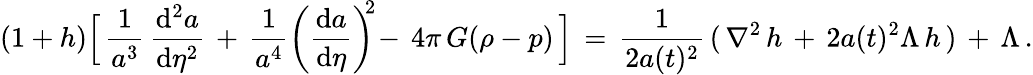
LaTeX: (1+h)\Bigl[\, \frac{1}{a^{3}}\, \frac{\mathrm{d}^{2}a}{\mathrm{d}\eta^{2}}\, +\, \frac{1}{a^{4}}\left(\frac{\mathrm{d}a}{\mathrm{d}\eta}\right)^{\! \! 2}\! -\, 4\pi\, G(\rho-p)\, \Bigr]\, =\, \frac{1}{2a(t)^{2}}\, (\, \nabla^{2}\, h\, +\, 2a(t)^{2}\Lambda\, h\, )\, +\, \Lambda\, .